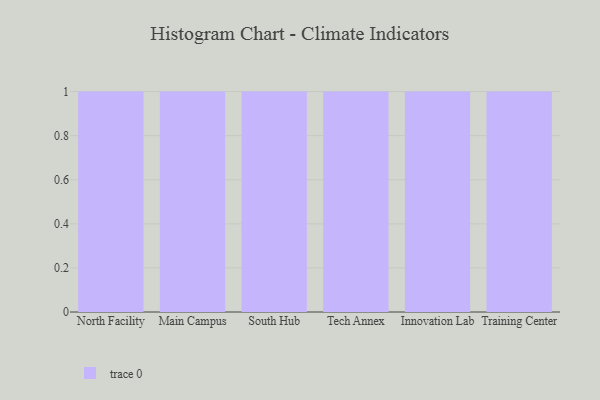
{"axis": {"x": "Campus", "y": "Population (Million)"}, "legend": [""], "data": [{"x": "North Facility", "y": 16, "type": ""}, {"x": "Main Campus", "y": 23, "type": ""}, {"x": "South Hub", "y": 99, "type": ""}, {"x": "Tech Annex", "y": 45, "type": ""}, {"x": "Innovation Lab", "y": 55, "type": ""}, {"x": "Training Center", "y": 27, "type": ""}]}